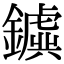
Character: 𨮗